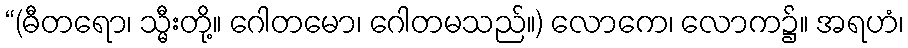
“(ဓီတရော၊ သ္မီးတို့။ ဂေါတမော၊ ဂေါတမသည်။) လောကေ၊ လောက၌။ အရဟံ၊